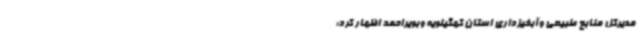
مدیرکل منابع طبیعی وآبخیزداری استان کهگیلویه وبویراحمد اظهار کرد: